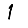
Digit: 1